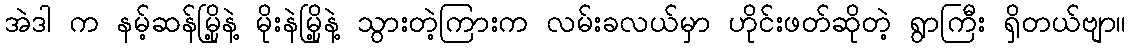
အဲဒါ က နမ့်ဆန်မြို့နဲ့ မိုးနဲမြို့နဲ့ သွားတဲ့ကြားက လမ်းခလယ်မှာ ဟိုင်းဖတ်ဆိုတဲ့ ရွာကြီး ရှိတယ်ဗျာ။